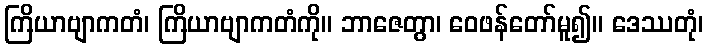
ကြိယာဗျာကတံ၊ ကြိယာဗျာကတံကို။ ဘာဇေတွာ၊ ဝေဖန်တော်မူ၍။ ဒေဿတုံ၊